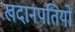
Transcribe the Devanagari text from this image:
खदानपतियों